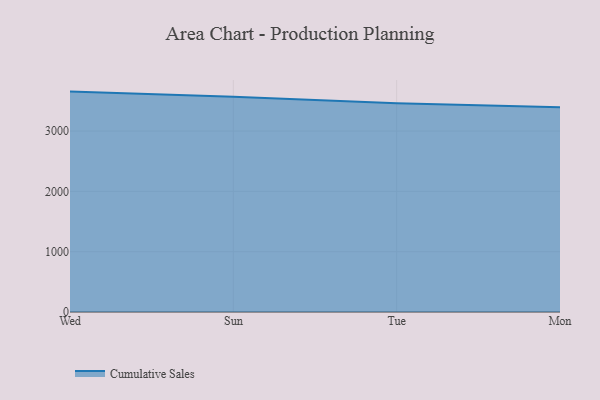
{"axis": {"x": "Day", "y": "Energy Usage (MWh)"}, "legend": ["Cumulative Sales"], "data": [{"x": "Wed", "y": 3654.4, "type": "Cumulative Sales"}, {"x": "Sun", "y": 3567.5, "type": "Cumulative Sales"}, {"x": "Tue", "y": 3460.9, "type": "Cumulative Sales"}, {"x": "Mon", "y": 3393.8, "type": "Cumulative Sales"}]}